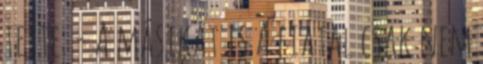
tette. - A másikat is A fiatal csak nem